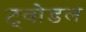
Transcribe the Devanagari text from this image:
ट्वोडल